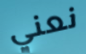
نعني